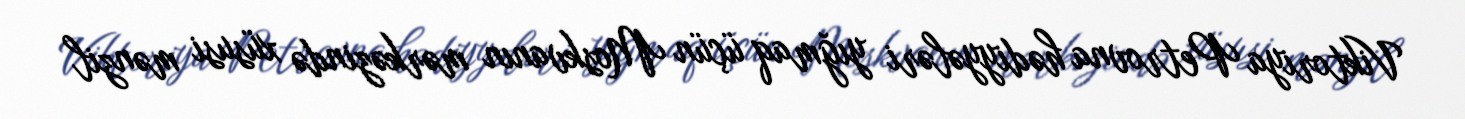
Viktoriya Petrovna hədiyyələri yığmaq üçün Moskvanın mərkəzində xüsusi mənzil